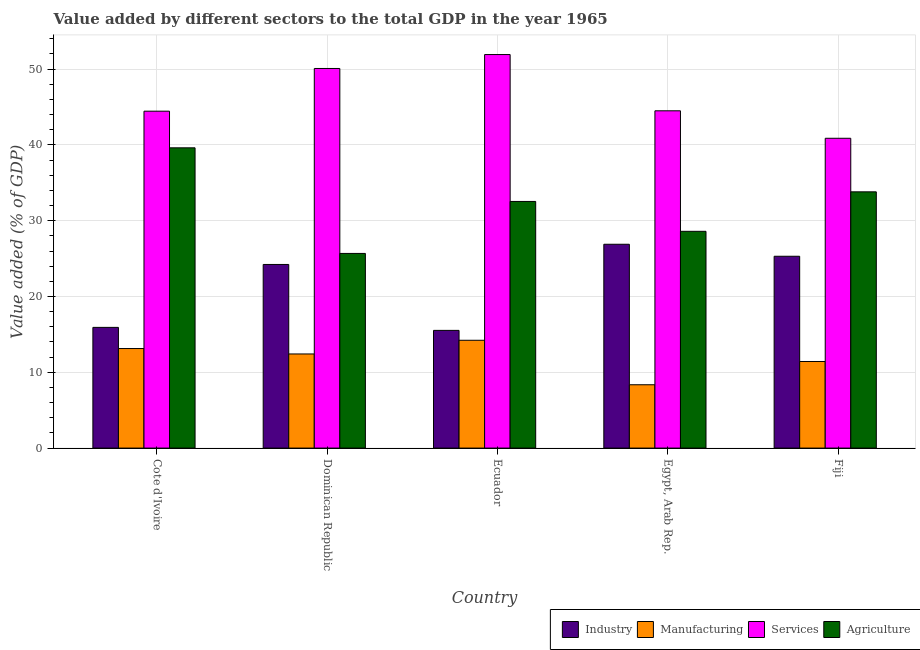
| Country | Industry | Manufacturing | Services | Agriculture |
 | --- | --- | --- | --- | --- |
 | Cote d'Ivoire | 15.9 | 13.1 | 44.5 | 39.6 |
 | Dominican Republic | 24.2 | 12.4 | 50.1 | 25.7 |
 | Ecuador | 15.5 | 14.2 | 51.9 | 32.5 |
 | Egypt, Arab Rep. | 26.9 | 8.36 | 44.5 | 28.6 |
 | Fiji | 25.3 | 11.4 | 40.9 | 33.8 |